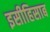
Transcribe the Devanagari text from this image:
इसीहिसाब